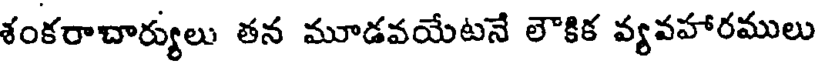
శంకరాచార్యులు తన మూడవయేటనే లౌకిక వ్యవహారములు